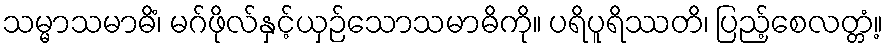
သမ္မာသမာဓိံ၊ မဂ်ဖိုလ်နှင့်ယှဉ်သောသမာဓိကို။ ပရိပူရိဿတိ၊ ပြည့်စေလတ္တံ့။